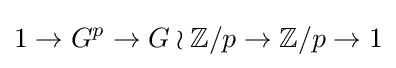
1\to G^{p}\to G\wr \mathbb {Z} /p\to \mathbb {Z} /p\to 1